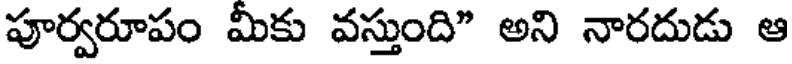
పూర్వరూపం మీకు వస్తుంది" అని నారదుడు ఆ